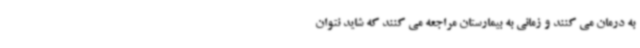
به درمان‌ می کنند و زمانی به بیمارستان مراجعه می کنند که شاید نتوان